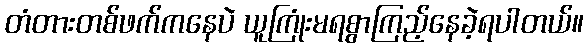
တံတားတစ်ဖက်ကနေပဲ ယူကြုံးမရစွာကြည့်နေခဲ့ရပါတယ်။